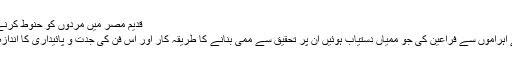
قدیم مصر میں مردوں کو حنوط کرنے کا عمل
مصر کے اہراموں سے فراعین کی جو ممیاں دستیاب ہوئیں ان پر تحقیق سے ممی بنانے کا طریقہ کار اور اس فن کی جدت و پائیداری کا اندازہ ہوتا ہے۔